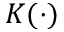
K ( \cdot )